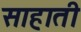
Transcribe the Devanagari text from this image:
साहाती